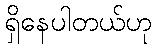
ရှိနေပါတယ်ဟု